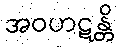
အဝဟဋန္တိ